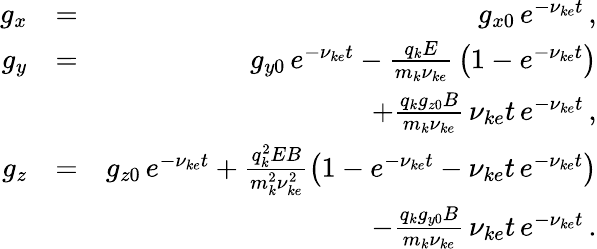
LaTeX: \begin{array}{rlr}{g_{x}}&{=}&{g_{x0}\, e^{-\nu_{ke}t}\, ,}\\ {g_{y}}&{=}&{g_{y0}\, e^{-\nu_{ke}t}-\frac{q_{k}E}{m_{k}\nu_{ke}}\, \left(1-e^{-\nu_{ke}t}\right)}\\ &{}&{+\frac{q_{k}g_{z0}B}{m_{k}\nu_{ke}}\, \nu_{ke}t\, e^{-\nu_{ke}t}\, ,}\\ {g_{z}}&{=}&{g_{z0}\, e^{-\nu_{ke}t}+\frac{q_{k}^{2}EB}{m_{k}^{2}\nu_{ke}^{2}}\left(1-e^{-\nu_{ke}t}-\nu_{ke}t\, e^{-\nu_{ke}t}\right)}\\ &{}&{-\frac{q_{k}g_{y0}B}{m_{k}\nu_{ke}}\, \nu_{ke}t\, e^{-\nu_{ke}t}\, .}\end{array}